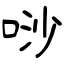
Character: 唦